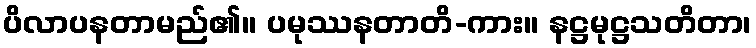
ပိလာပနတာမည်၏။ ပမုဿနတာတိ-ကား။ နဋ္ဌမုဋ္ဌသတိတာ၊